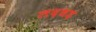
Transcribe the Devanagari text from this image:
लदधड़